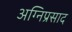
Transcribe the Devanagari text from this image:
अग्निप्रसाद